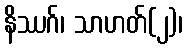
နိဿဂ်၊ သာဟတ်(၂)၊